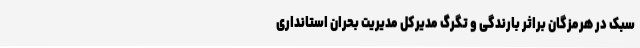
سبک در هرمزگان براثر بارندگی و تگرگ مدیرکل مدیریت بحران استانداری